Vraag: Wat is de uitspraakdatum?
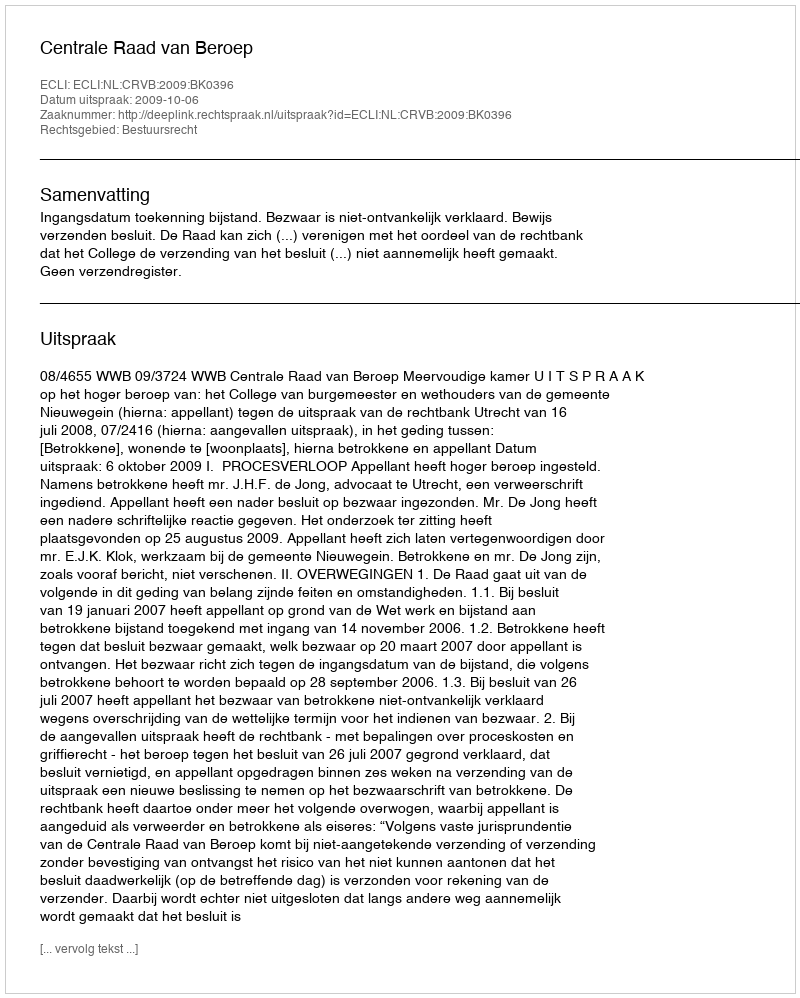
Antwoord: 2009-10-06